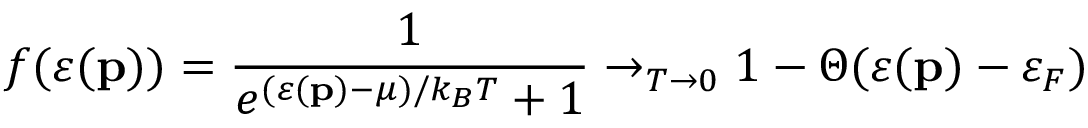
f ( \varepsilon ( \mathbf { p } ) ) = \frac { 1 } { e ^ { ( \varepsilon ( \mathbf { p } ) - \mu ) / k _ { B } T } + 1 } \rightarrow _ { T \rightarrow 0 } 1 - \Theta ( \varepsilon ( \mathbf { p } ) - \varepsilon _ { F } )